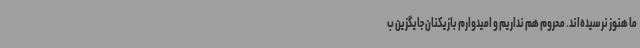
ما هنوز نرسیده‌اند. محروم هم نداریم و امیدوارم بازیکنان جایگزین ب